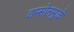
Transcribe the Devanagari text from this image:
डप्सोनमुळे